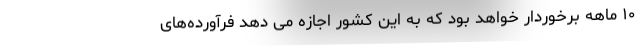
۱۰ ماهه برخوردار خواهد بود که به این کشور اجازه می دهد فرآورده‌های